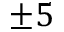
\pm 5